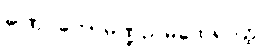
ခါဏု ကောမဏ္ဍညမထေရ်ဝတ္ထု